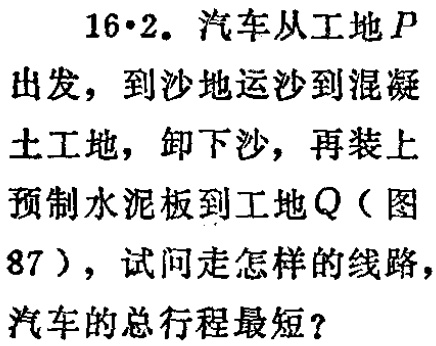
16·2. 汽车从工地\(P\)出发，到沙地运沙到混凝土工地，卸下沙，再装上预制水泥板到工地\(Q\)（图87），试问走怎样的线路，汽车的总行程最短？